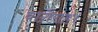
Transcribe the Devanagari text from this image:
वाग़ैराह।